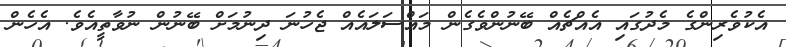
އެކުވެރިންގެ މެދުގައި އެއްޗެއް ބޭނުންވެގެން މައްސަލައެއް ޖެހުނަ ދިނުމަށް ބޭނުން ނުވާތީއެވެ. އެހެން